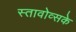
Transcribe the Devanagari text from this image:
स्तावोव्सके